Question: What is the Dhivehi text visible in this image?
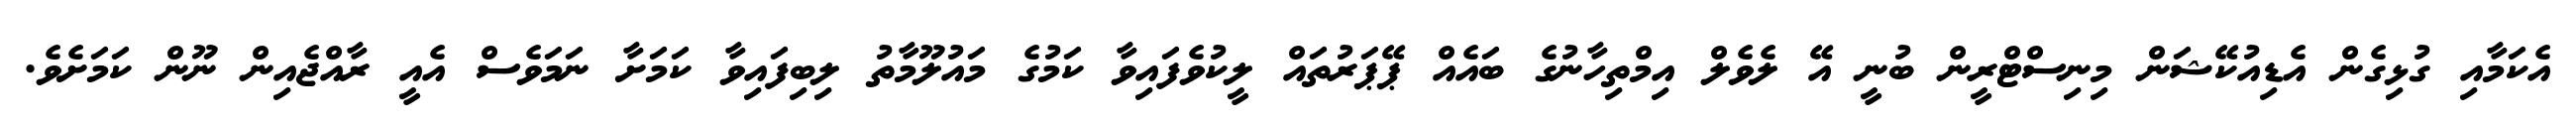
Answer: އެކަމާއި ގުޅިގެން އެޑިއުކޭޝަން މިނިސްޓްރީން ބުނީ އޭ ލެވެލް އިމްތިހާނުގެ ބައެއް ޕޭޕަރުތައް ލީކުވެފައިވާ ކަމުގެ މައުލޫމާތު ލިބިފައިވާ ކަމަށާ ނަމަވެސް އެއީ ރާއްޖެއިން ނޫން ކަމަށެވެ.